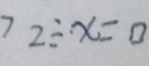
7 2 \div \cdot x = 0